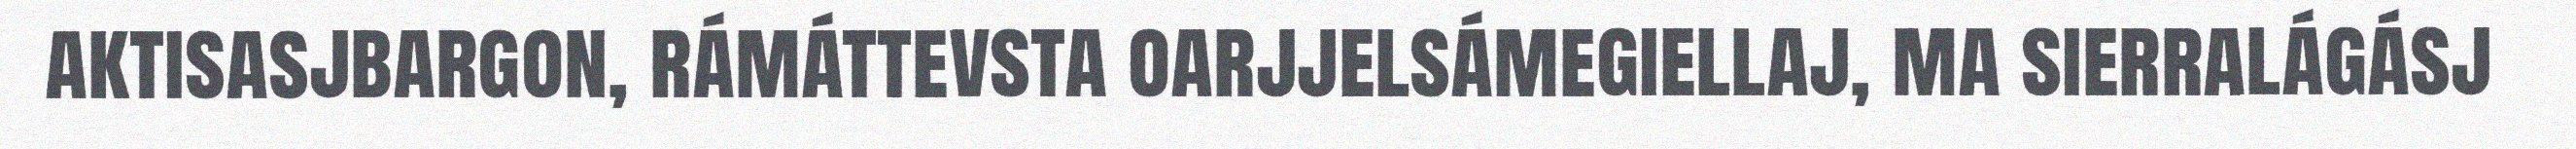
aktisasjbargon, rámáttevsta oarjjelsámegiellaj, ma sierralágásj